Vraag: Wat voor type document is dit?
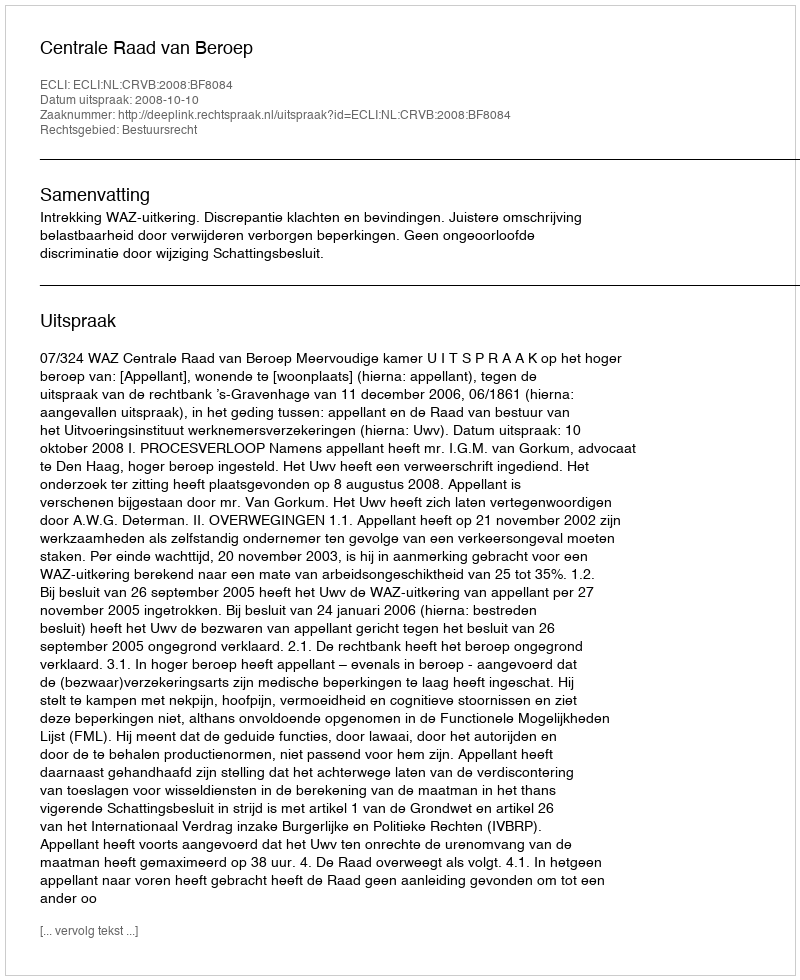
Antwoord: Uitspraak